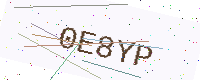
Text: 0E8YP